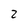
Character: 2